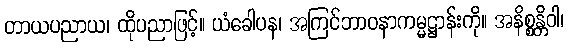
တာယပညာယ၊ ထိုပညာဖြင့်။ ယံခေါပန၊ အကြင်ဘာဝနာကမ္မဋ္ဌာန်းကို။ အနိစ္စန္တိဝါ၊